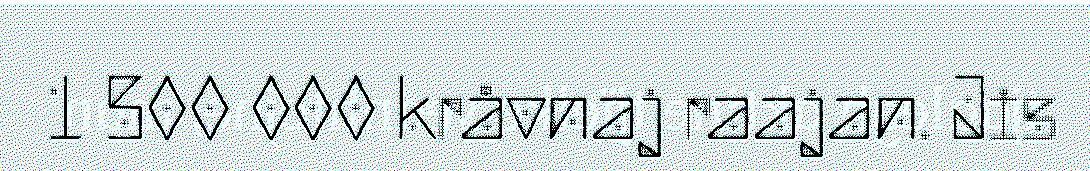
1 500 000 kråvnaj raajan. Jis